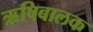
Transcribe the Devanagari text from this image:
ऋषिबालक